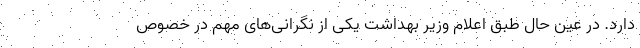
دارد. در عین حال طبق اعلام وزیر بهداشت یکی از نگرانی‌های مهم در خصوص